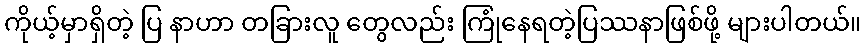
ကိုယ့်မှာရှိတဲ့ ပြ နာဟာ တခြားလူ တွေလည်း ကြုံနေရတဲ့ပြဿနာဖြစ်ဖို့ များပါတယ်။